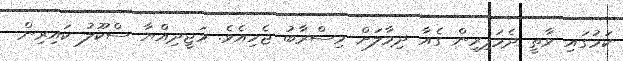
ކަމުގައި ވާތީ ދެމަފިރިން ގެއާ ދިމާލަށް މިސްރާބު ޖެހިއެވެ. މަޖީދިއްޔާ ސްކޫލު ކައިރިން